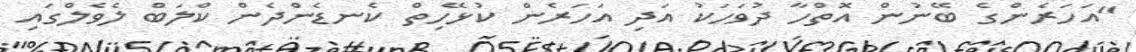
"އަހަރެންގެ ބޭނުން އޮތްހާ ދުވަހަކު އަދި އަހަރެން ކުޅޭހިތް ކެނޑެންދެން ކްލަބް ލެވެލްގައި